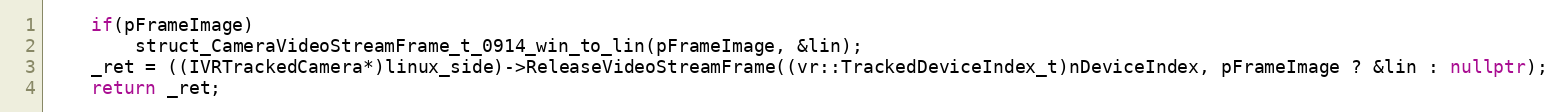
Language: C++
    if(pFrameImage)
        struct_CameraVideoStreamFrame_t_0914_win_to_lin(pFrameImage, &lin);
    _ret = ((IVRTrackedCamera*)linux_side)->ReleaseVideoStreamFrame((vr::TrackedDeviceIndex_t)nDeviceIndex, pFrameImage ? &lin : nullptr);
    return _ret;